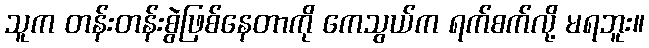
သူက တန်းတန်းစွဲဖြစ်နေတာကို ကေသွယ်က ရက်စက်လို့ မရဘူး။